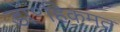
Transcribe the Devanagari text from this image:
डॉ॰हिकमत